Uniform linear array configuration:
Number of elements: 8
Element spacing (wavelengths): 0.5
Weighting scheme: binomial
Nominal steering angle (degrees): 0
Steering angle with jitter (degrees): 0.1604
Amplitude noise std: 0.05
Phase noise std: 0.05

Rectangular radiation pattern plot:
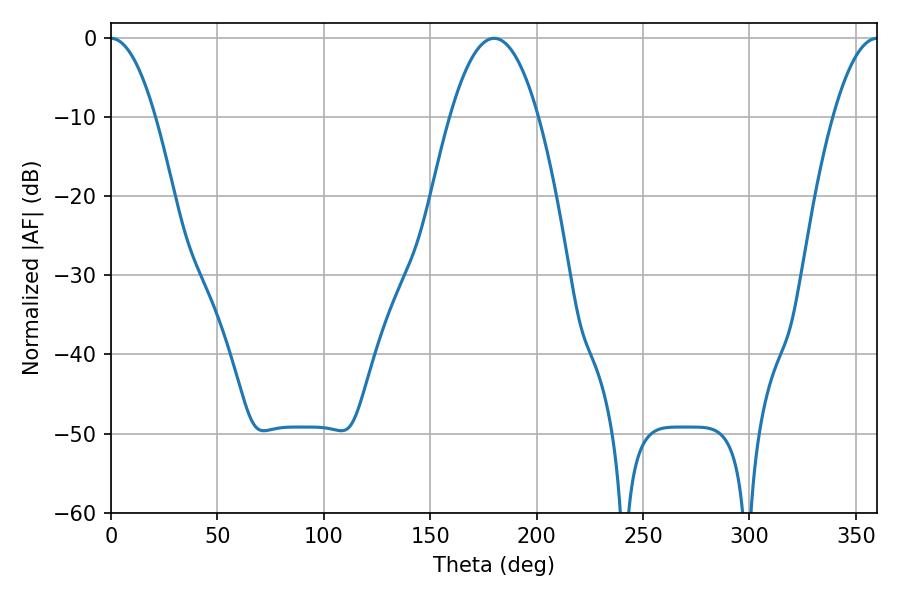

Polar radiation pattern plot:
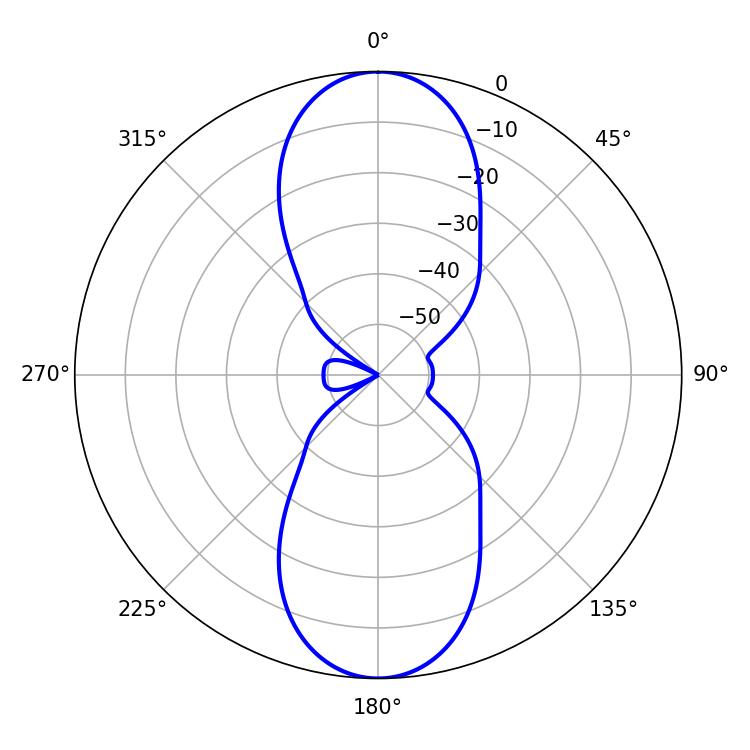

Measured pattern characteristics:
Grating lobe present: FALSE
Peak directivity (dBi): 34.384
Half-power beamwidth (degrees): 11.34
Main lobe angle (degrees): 0